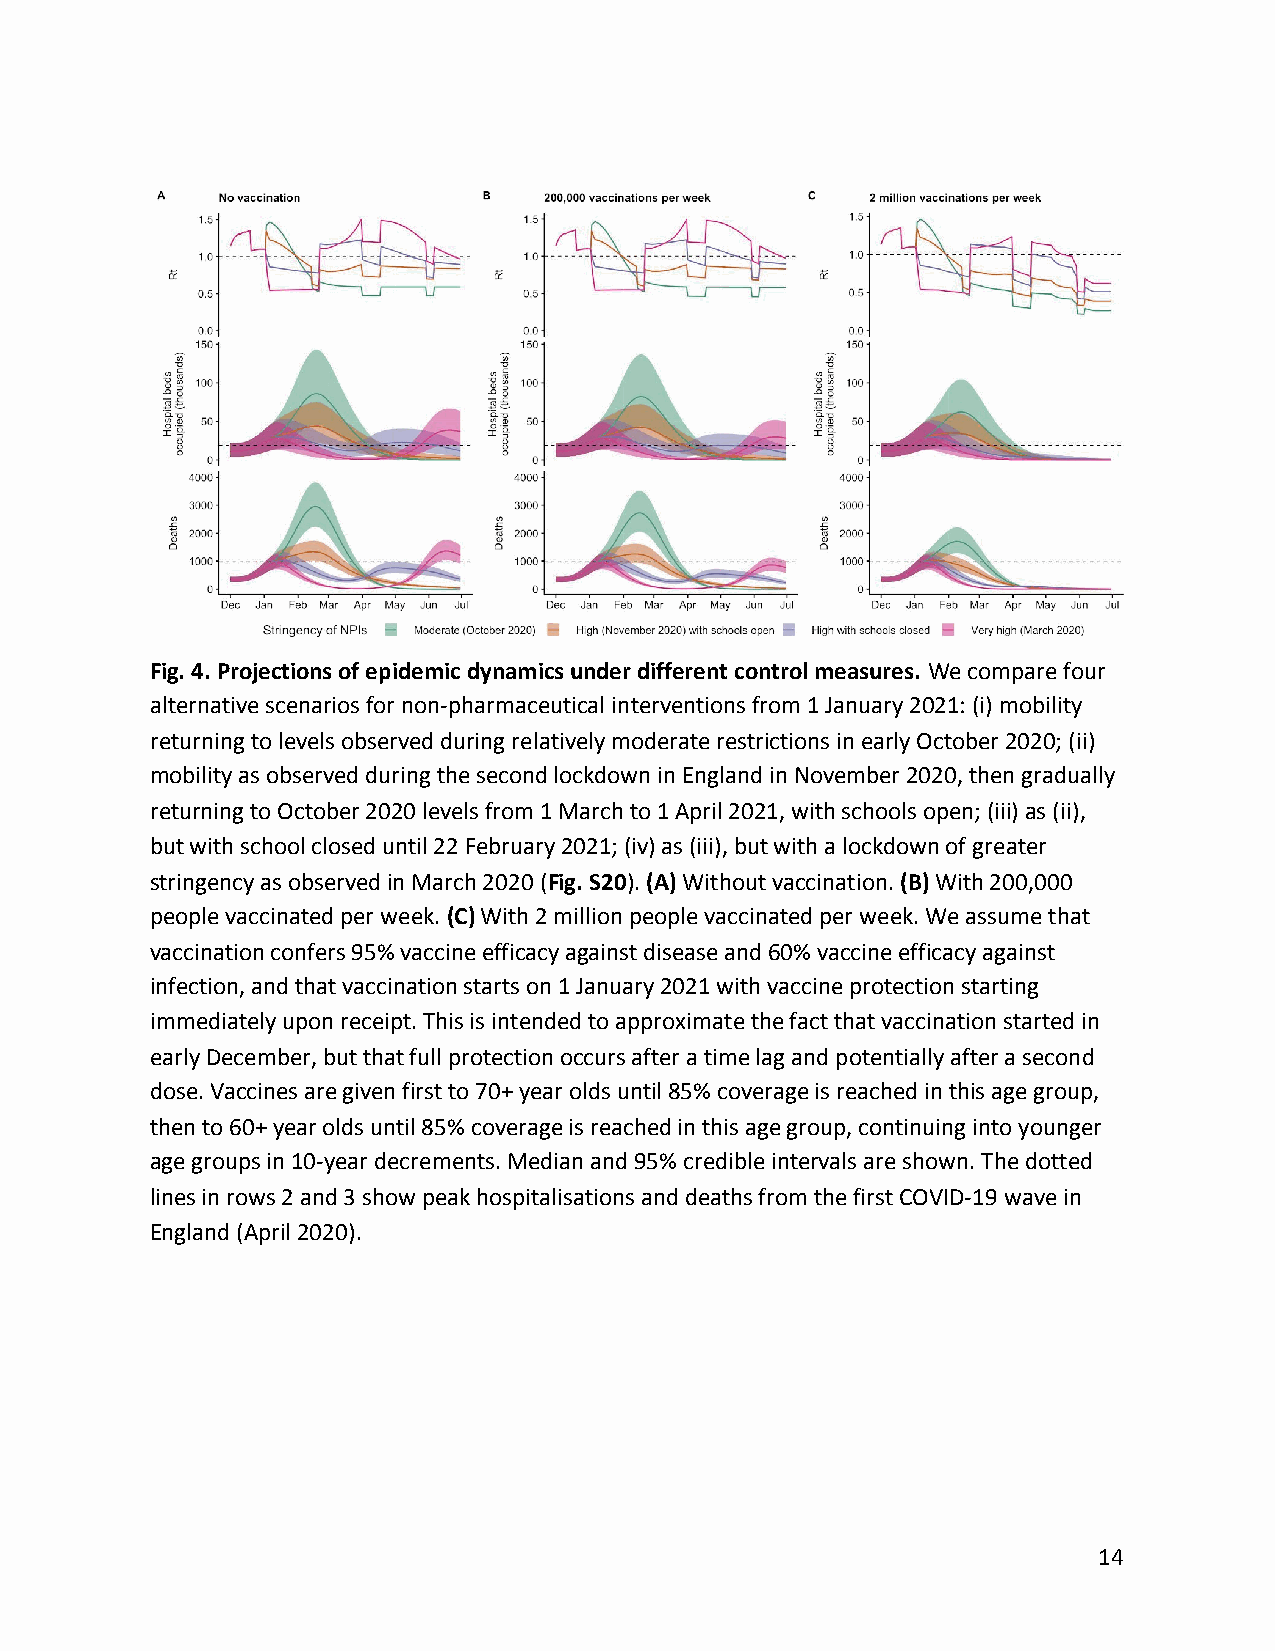
Fig. 4. Projections of epidemic dynamics under different control measures. We compare four
 ​
 alternative scenarios for non-pharmaceutical interventions from 1 January 2021: (i) mobility
 returning to levels observed during relatively moderate restrictions in early October 2020; (ii)
 mobility as observed during the second lockdown in England in November 2020, then gradually
 returning to October 2020 levels from 1 March to 1 April 2021, with schools open; (iii) as (ii),
 but with school closed until 22 February 2021; (iv) as (iii), but with a lockdown of greater
 stringency as observed in March 2020 (Fig. S20). (A) Without vaccination. (B) With 200,000
 ​    ​ ​ ​              ​ ​
 people vaccinated per week. (C) With 2 million people vaccinated per week. We assume that
 ​ ​
 vaccination confers 95% vaccine efficacy against disease and 60% vaccine efficacy against
 infection, and that vaccination starts on 1 January 2021 with vaccine protection starting
 immediately upon receipt. This is intended to approximate the fact that vaccination started in
 early December, but that full protection occurs after a time lag and potentially after a second
 dose. Vaccines are given first to 70+ year olds until 85% coverage is reached in this age group,
 then to 60+ year olds until 85% coverage is reached in this age group, continuing into younger
 age groups in 10-year decrements. Median and 95% credible intervals are shown. The dotted
 lines in rows 2 and 3 show peak hospitalisations and deaths from the first COVID-19 wave in
 England (April 2020).
 14